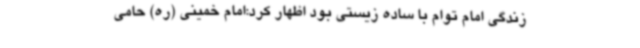
زندگی امام توام با ساده زیستی بود اظهار کرد:امام خمینی (ره) حامی